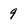
Character: 9